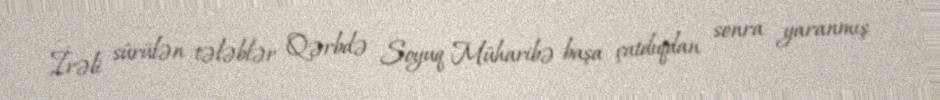
İrəli sürülən tələblər Qərbdə Soyuq Müharibə başa çatdıqdan sonra yaranmış